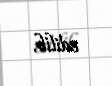
edilib.